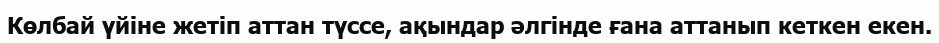
Көлбай үйіне жетіп аттан түссе, ақындар әлгінде ғана аттанып кеткен екен.